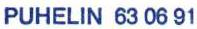
PUHELIN 63 06 91